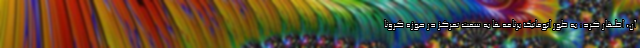
آن، اظهار کرد: به طور اتوماتیک برنامه‌ها به سمت تمرکز در حوزه کرونا